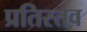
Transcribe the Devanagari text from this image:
प्रतिस्तव